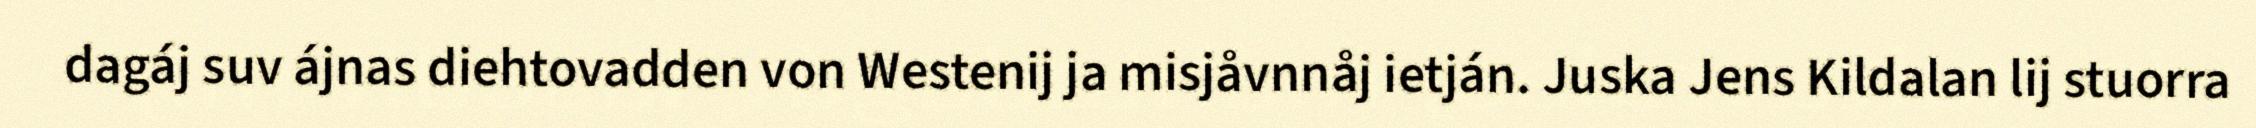
dagáj suv ájnas diehtovadden von Westenij ja misjåvnnåj ietján. Juska Jens Kildalan lij stuorra